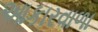
આકારવાળા